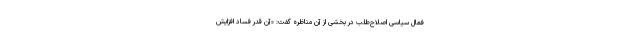
فعال سیاسی اصلاح‌طلب در بخشی از آن مناظره گفت: «آن قدر فساد افزایش